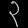
Digit: ၃